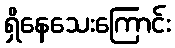
ရှိနေသေးကြောင်း